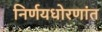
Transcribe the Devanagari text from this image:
निर्णयधोरणांत